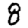
Digit: 8